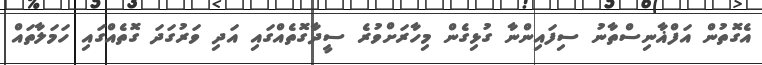
އެގޮތުން އަފްޣާނިސްތާނު ސިފައިންނާ ގުޅިގެން މިހާރަށްވުރެ ސީދާގޮތެއްގައި އަދި ވަރުގަދަ ގޮތެއްގައި ހަމަލާތައް